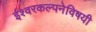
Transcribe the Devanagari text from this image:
ईश्वरकल्पनेविषयी